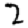
Digit: 2